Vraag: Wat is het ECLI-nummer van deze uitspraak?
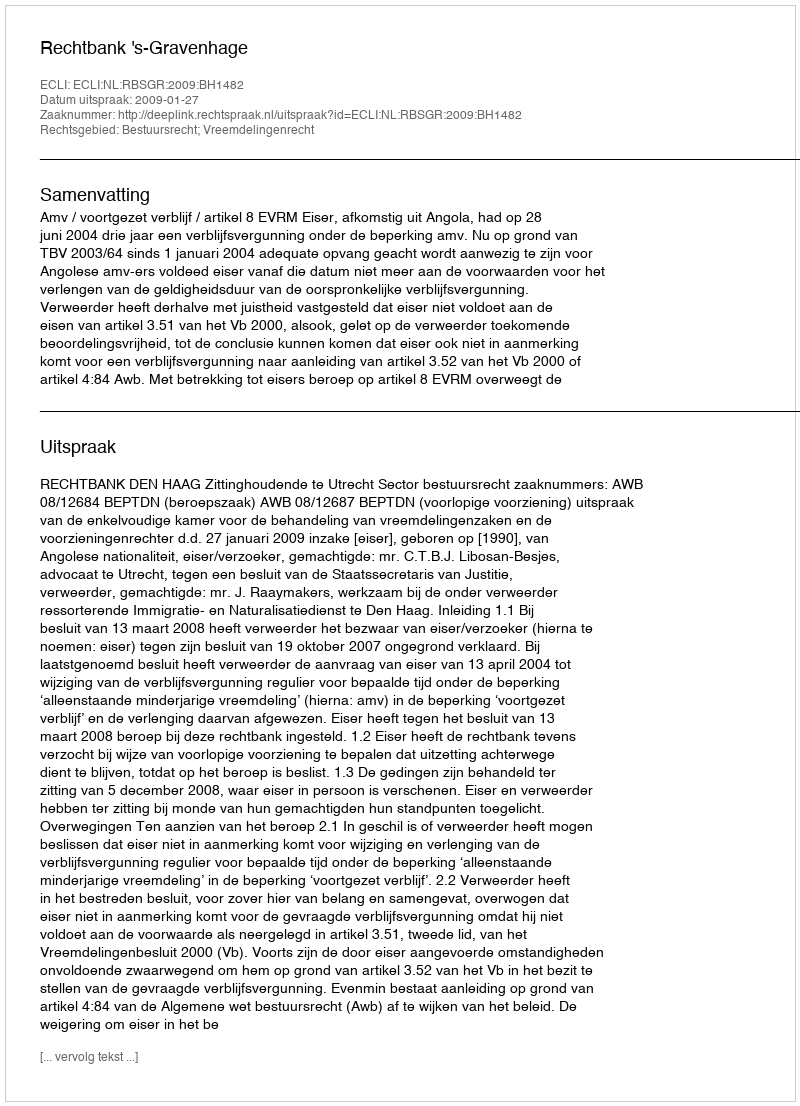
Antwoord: ECLI:NL:RBSGR:2009:BH1482